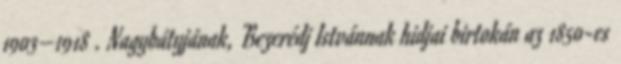
1903–1918 . Nagybátyjának, Bezerédj Istvánnak hidjai birtokán az 1850-es